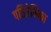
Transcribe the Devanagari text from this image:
पतिप्रेमिका